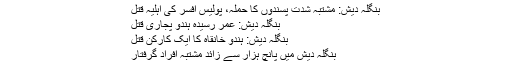
بنگلہ دیش: مشتبہ شدت پسندوں کا حملہ، پولیس افسر کی اہلیہ قتل
بنگلہ دیش: عمر رسیدہ ہندو پجاری قتل
بنگلہ دیش: ہندو خانقاہ کا ایک کارکن قتل
بنگلہ دیش میں پانچ ہزار سے زائد مشتبہ افراد گرفتار